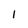
Character: I